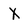
Character: X